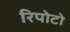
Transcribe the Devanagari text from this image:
रिपोटो